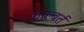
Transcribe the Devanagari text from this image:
कोल्बर्त